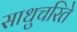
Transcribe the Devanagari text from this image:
साधुचरिते